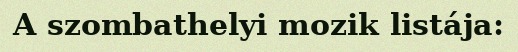
A szombathelyi mozik listája: